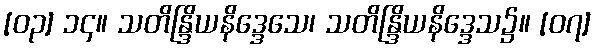
[၀၃] ၁၄။ သတိန္ဒြိယနိဒ္ဒေသေ၊ သတိန္ဒြိယနိဒ္ဒေသ၌။ [၀၇]